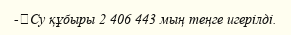
-	Су құбыры 2 406 443 мың теңге игерілді.